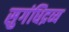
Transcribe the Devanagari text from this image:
सुगंधिद्रव्य